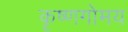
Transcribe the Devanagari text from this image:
कृष्णगोमय